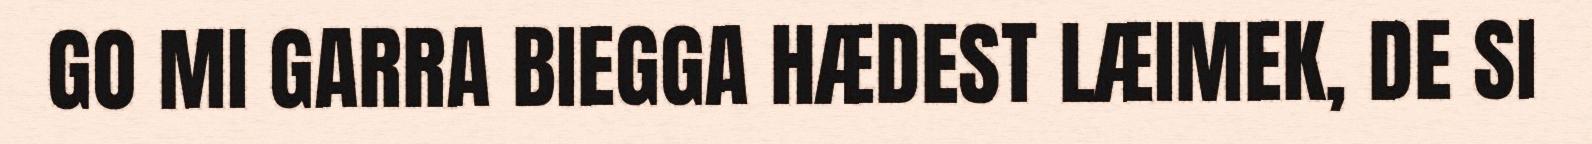
GO MI GARRA BIEGGA HÆDEST LÆIMEK, DE SI